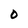
Character: O